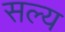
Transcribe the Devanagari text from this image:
सल्य